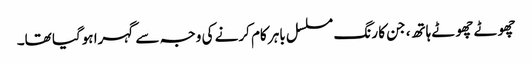
چھوٹے چھوٹے ہاتھ، جن کا رنگ مسلسل باہر کام کرنے کی وجہ سے گہرا ہوگیا تھا۔